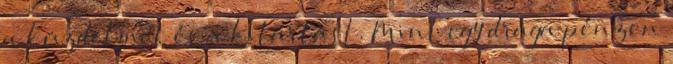
a küzdelmet és a kitartást. Mint egy drága pénzen